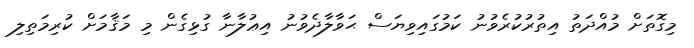
މިގޮތަށް މުއްދަތު އިތުރުކުރެވުނު ކަމުގައިވިޔަސް ޙަވާލާދެވުނު އިޢުލާނާ ގުޅިގެން މި މަޤާމަށް ކުރިމަތިލި